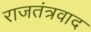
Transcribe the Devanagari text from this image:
राजतंत्रवाद